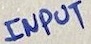
Text: INPUT